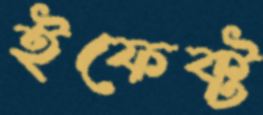
ইফেক্ট